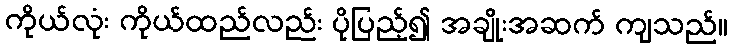
ကိုယ်လုံး ကိုယ်ထည်လည်း ပိုပြည့်၍ အချိုးအဆက် ကျသည်။